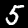
Label: 5